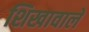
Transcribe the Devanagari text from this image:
शिखावाले